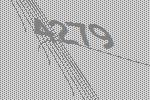
4279